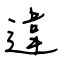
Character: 違